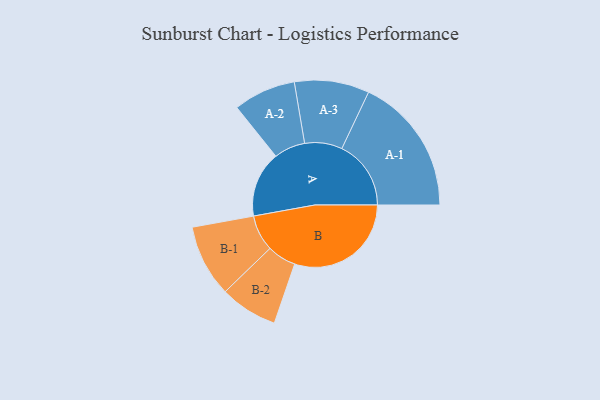
{"axis": {"x": "Segment", "y": "Value"}, "legend": ["", "A", "B"], "data": [{"x": "A", "y": 255, "type": ""}, {"x": "B", "y": 452, "type": ""}, {"x": "A-1", "y": 268, "type": "A"}, {"x": "A-2", "y": 121, "type": "A"}, {"x": "A-3", "y": 145, "type": "A"}, {"x": "B-1", "y": 140, "type": "B"}, {"x": "B-2", "y": 112, "type": "B"}]}